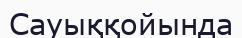
Сауыққойында